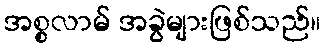
အစ္စလာမ် အခွဲများဖြစ်သည်။